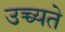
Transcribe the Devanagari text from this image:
उच्च्यते